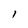
Character: l